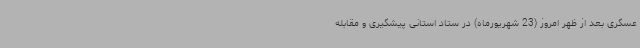
عسگری بعد از ظهر امروز (23 شهریورماه) در ستاد استانی پیشگیری و مقابله